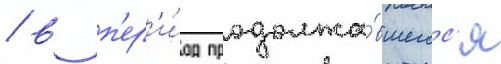
/ в п'ер'и́од продолжа́вшегос'я